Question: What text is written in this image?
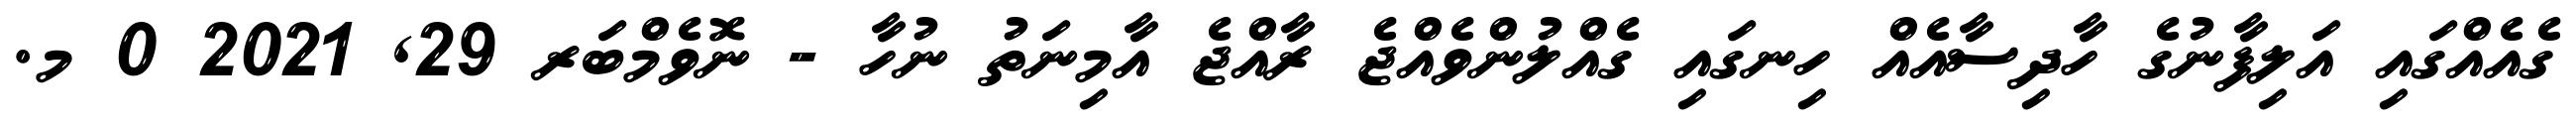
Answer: ގެއެއްގައި އަލިފާނުގެ ހާދިސާއެއް ހިނގައި ގެއްލުންވެއްޖެ ރާއްޖެ އާމިނަތު ނުހާ - ނޮވެމްބަރ 29, 2021 0 މ.